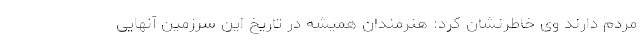
مردم دارند وی خاطرنشان کرد: هنرمندان همیشه در تاریخ این سرزمین آنهایی